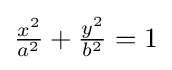
{\tfrac {x^{2}}{a^{2}}}+{\tfrac {y^{2}}{b^{2}}}=1